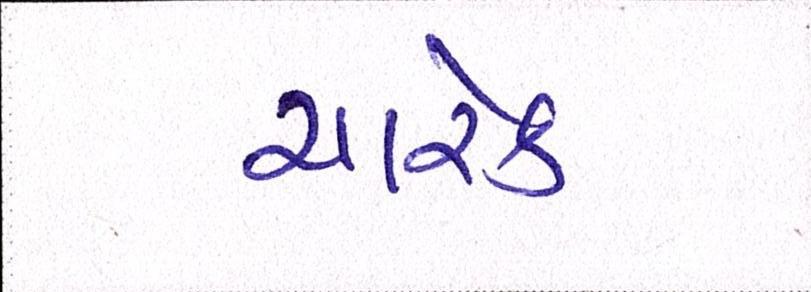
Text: ચારેક